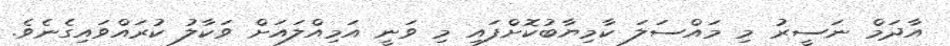
އާދަމް ނަސީރު މި މައްސަލަ ކާމިޔާބުކޮށްފައި މި ވަނީ އަމިއްލައަށް ވަކާލު ކުރައްވައިގެނެވެ.